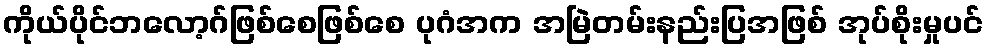
ကိုယ်ပိုင်ဘလော့ဂ်ဖြစ်စေဖြစ်စေ ပုဂံအက အမြဲတမ်းနည်းပြအဖြစ် အုပ်စိုးမှုပင်